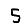
Digit: 5